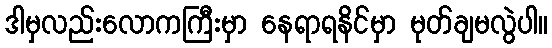
ဒါမှလည်းလောကကြီးမှာ နေရာရနိင်မှာ မုတ်ချမလွဲပါ။